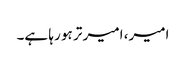
امیر، امیر تر ہو رہا ہے۔